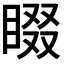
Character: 𭿁